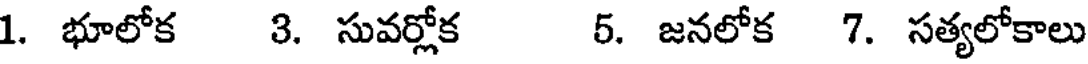
1. భూలోక 3. సువర్లోక 5. జనలోక 7. సత్యలోకాలు